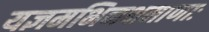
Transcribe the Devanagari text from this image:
यज्ञमभिनक्षमाणाः